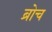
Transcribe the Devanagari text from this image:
ब्रोच